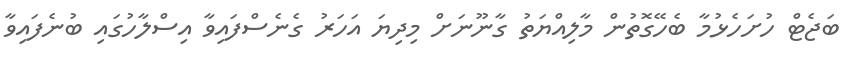
ބަޖެޓް ހުށަހެޅުމާ ބެހޭގޮތުން މާލިއްޔަތު ގާނޫނަށް މިދިޔަ އަހަރު ގެނެސްފައިވާ އިސްލާހުގައި ބުނެފައިވާ